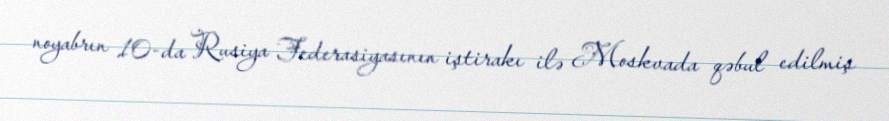
noyabrın 10-da Rusiya Federasiyasının iştirakı ilə Moskvada qəbul edilmiş